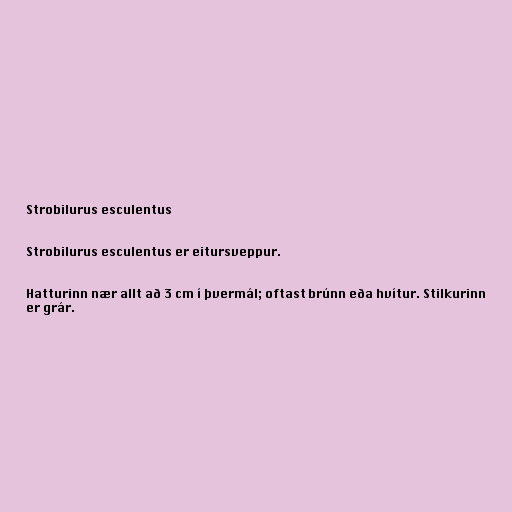
Strobilurus esculentus

Strobilurus esculentus er eitursveppur.

Hatturinn nær allt að 3 cm í þvermál; oftast brúnn eða hvítur. Stilkurinn
er grár.